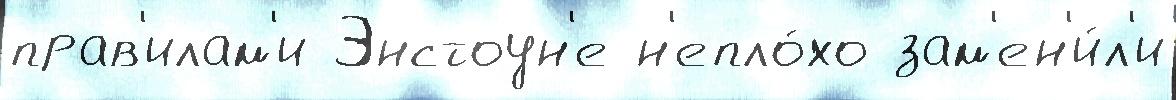
прав'илам'и Энстоун'е н'епло́хо зам'ен'и́л'и